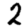
Digit: 2